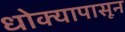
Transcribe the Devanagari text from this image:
धोक्यापासून